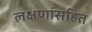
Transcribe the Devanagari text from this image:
लक्षणांसहित